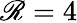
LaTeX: \mathscr{R}=4